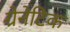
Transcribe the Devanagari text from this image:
ग्रेनेटिक